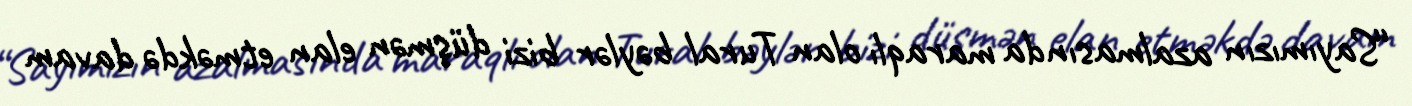
“Sayımızın azalmasında maraqlı olan Tural bəylər bizi düşmən elan etməkdə davam